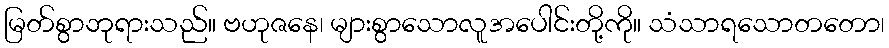
မြတ်စွာဘုရားသည်။ ဗဟုဇနေ၊ များစွာသောလူအပေါင်းတို့ကို။ သံသာရသောတတော၊